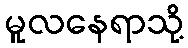
မူလနေရာသို့